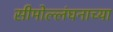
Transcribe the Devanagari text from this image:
सीमोल्लंघनाच्या